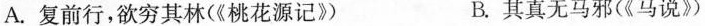
A.复前行，欲穷其林(《桃花源记》) B.其真无马邪(《马说》)